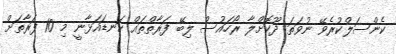
ކެންސަލްކުރެވޭ ނުވަތަ ދޫކޮށްލާ ރޯހައުސް ލިބޭ ފަރާތްތައް ކަނޑައަޅާނީ މި 10 ފަރާތަށް